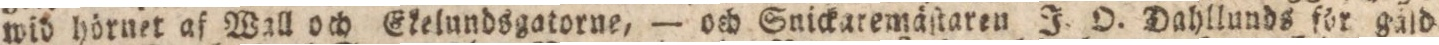
wid hörnet af Wall och Ekelundsgatorne, — och Snickaremäſtaren J. O. Dahllunds för gäld